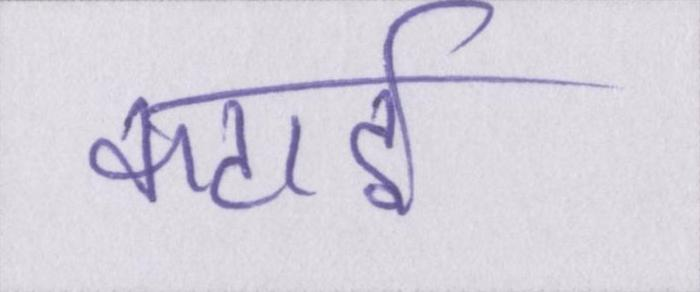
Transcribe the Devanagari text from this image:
कटाई